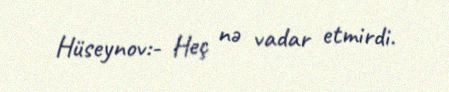
Hüseynov:- Heç nə vadar etmirdi.